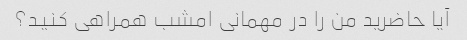
آیا حاضرید من را در مهمانی امشب همراهی کنید؟